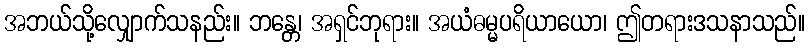
အဘယ်သို့လျှောက်သနည်း။ ဘန္တေ၊ အရှင်ဘုရား။ အယံဓမ္မပရိယာယော၊ ဤတရားဒသနာသည်။